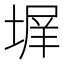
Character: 𭏊